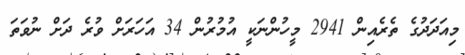
މިއަދަދުގެ ތެރެއިން 2941 މީހުންނަކީ އުމުރުން 34 އަހަރަށް ވުރެ ދަށް ނުވަތަ